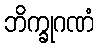
ဘိက္ခုဂဏံ